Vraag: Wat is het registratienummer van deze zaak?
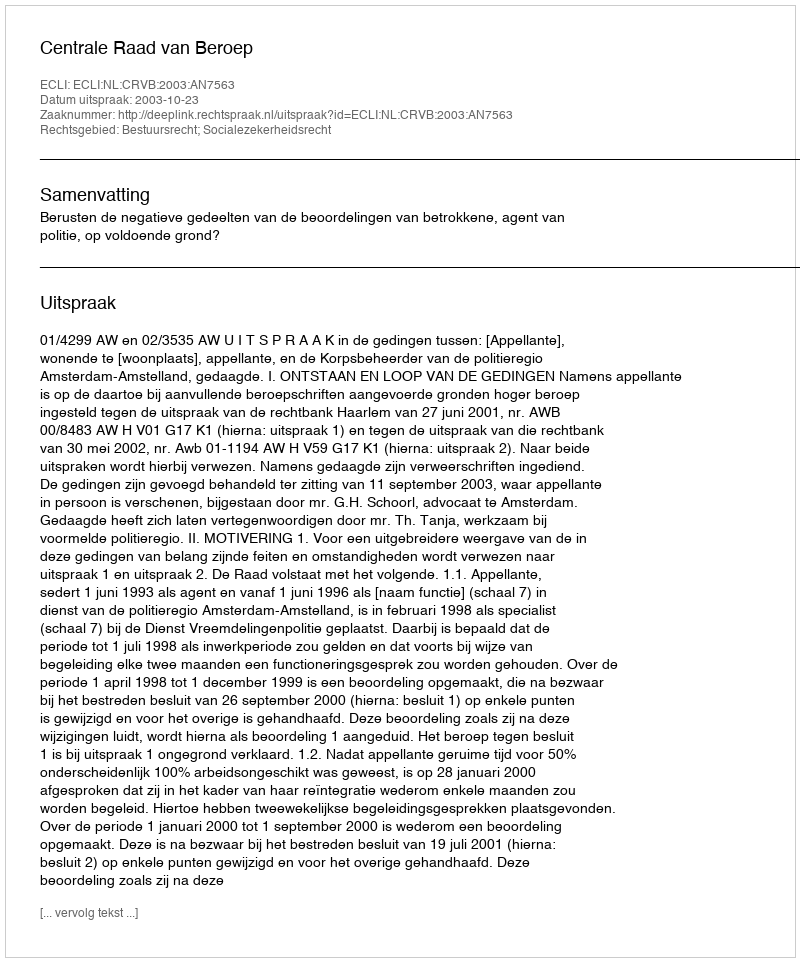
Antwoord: http://deeplink.rechtspraak.nl/uitspraak?id=ECLI:NL:CRVB:2003:AN7563